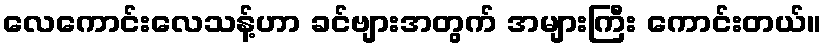
လေကောင်းလေသန့်ဟာ ခင်ဗျားအတွက် အများကြီး ကောင်းတယ်။